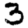
Digit: 3